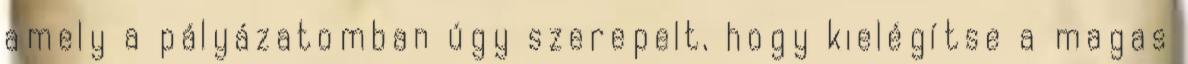
amely a pályázatomban úgy szerepelt, hogy kielégítse a magas